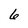
Character: 6